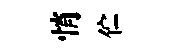
悄伫